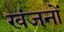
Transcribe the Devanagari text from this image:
खंजनों